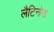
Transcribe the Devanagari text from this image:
लैटिनोस